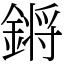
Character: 𨪙